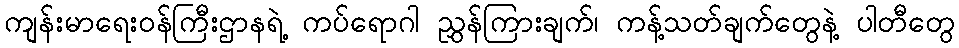
ကျန်းမာရေးဝန်ကြီးဌာနရဲ့ ကပ်ရောဂါ ညွှန်ကြားချက်၊ ကန့်သတ်ချက်တွေနဲ့ ပါတီတွေ